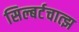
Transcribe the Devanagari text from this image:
सिल्बर्टचात्झ